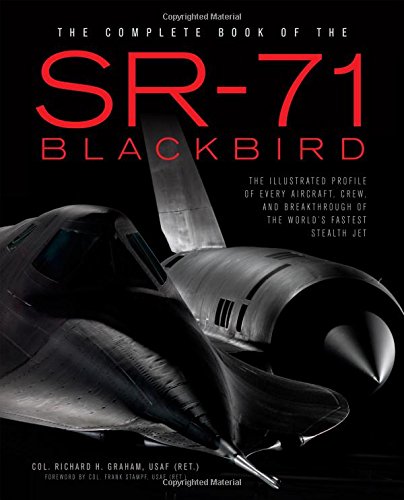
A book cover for The Complete Book of the SR-71 Blackbird: The Illustrated Profile of Every Aircraft, Crew, and Breakthrough of the World's Fastest Stealth Jet; Richard Graham; Engineering & Transportation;